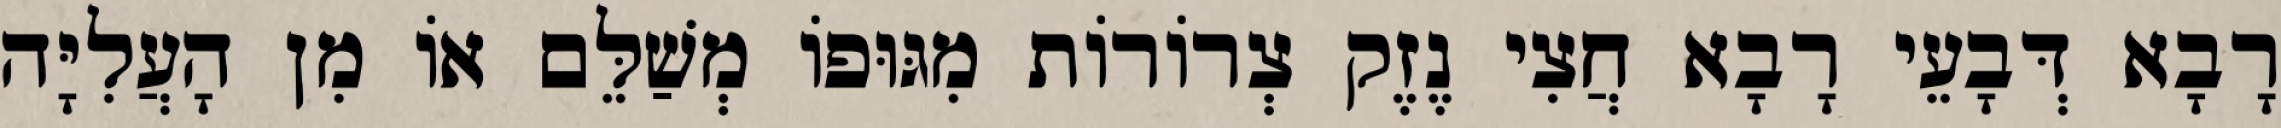
רָבָא דְּבָעֵי רָבָא חֲצִי נֶזֶק צְרוֹרוֹת מִגּוּפוֹ מְשַׁלֵּם אוֹ מִן הָעֲלִיָּה